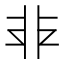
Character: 𩇧